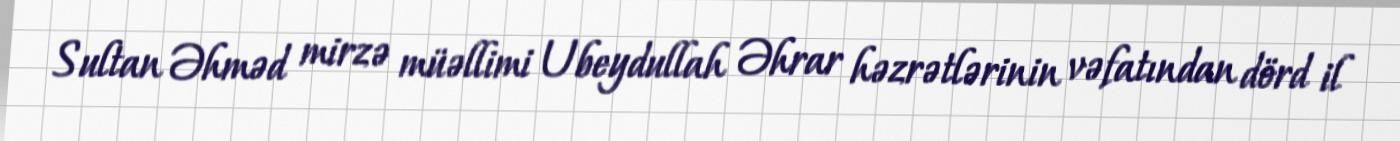
Sultan Əhməd mirzə müəllimi Ubeydullah Əhrar həzrətlərinin vəfatından dörd il